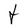
Character: t